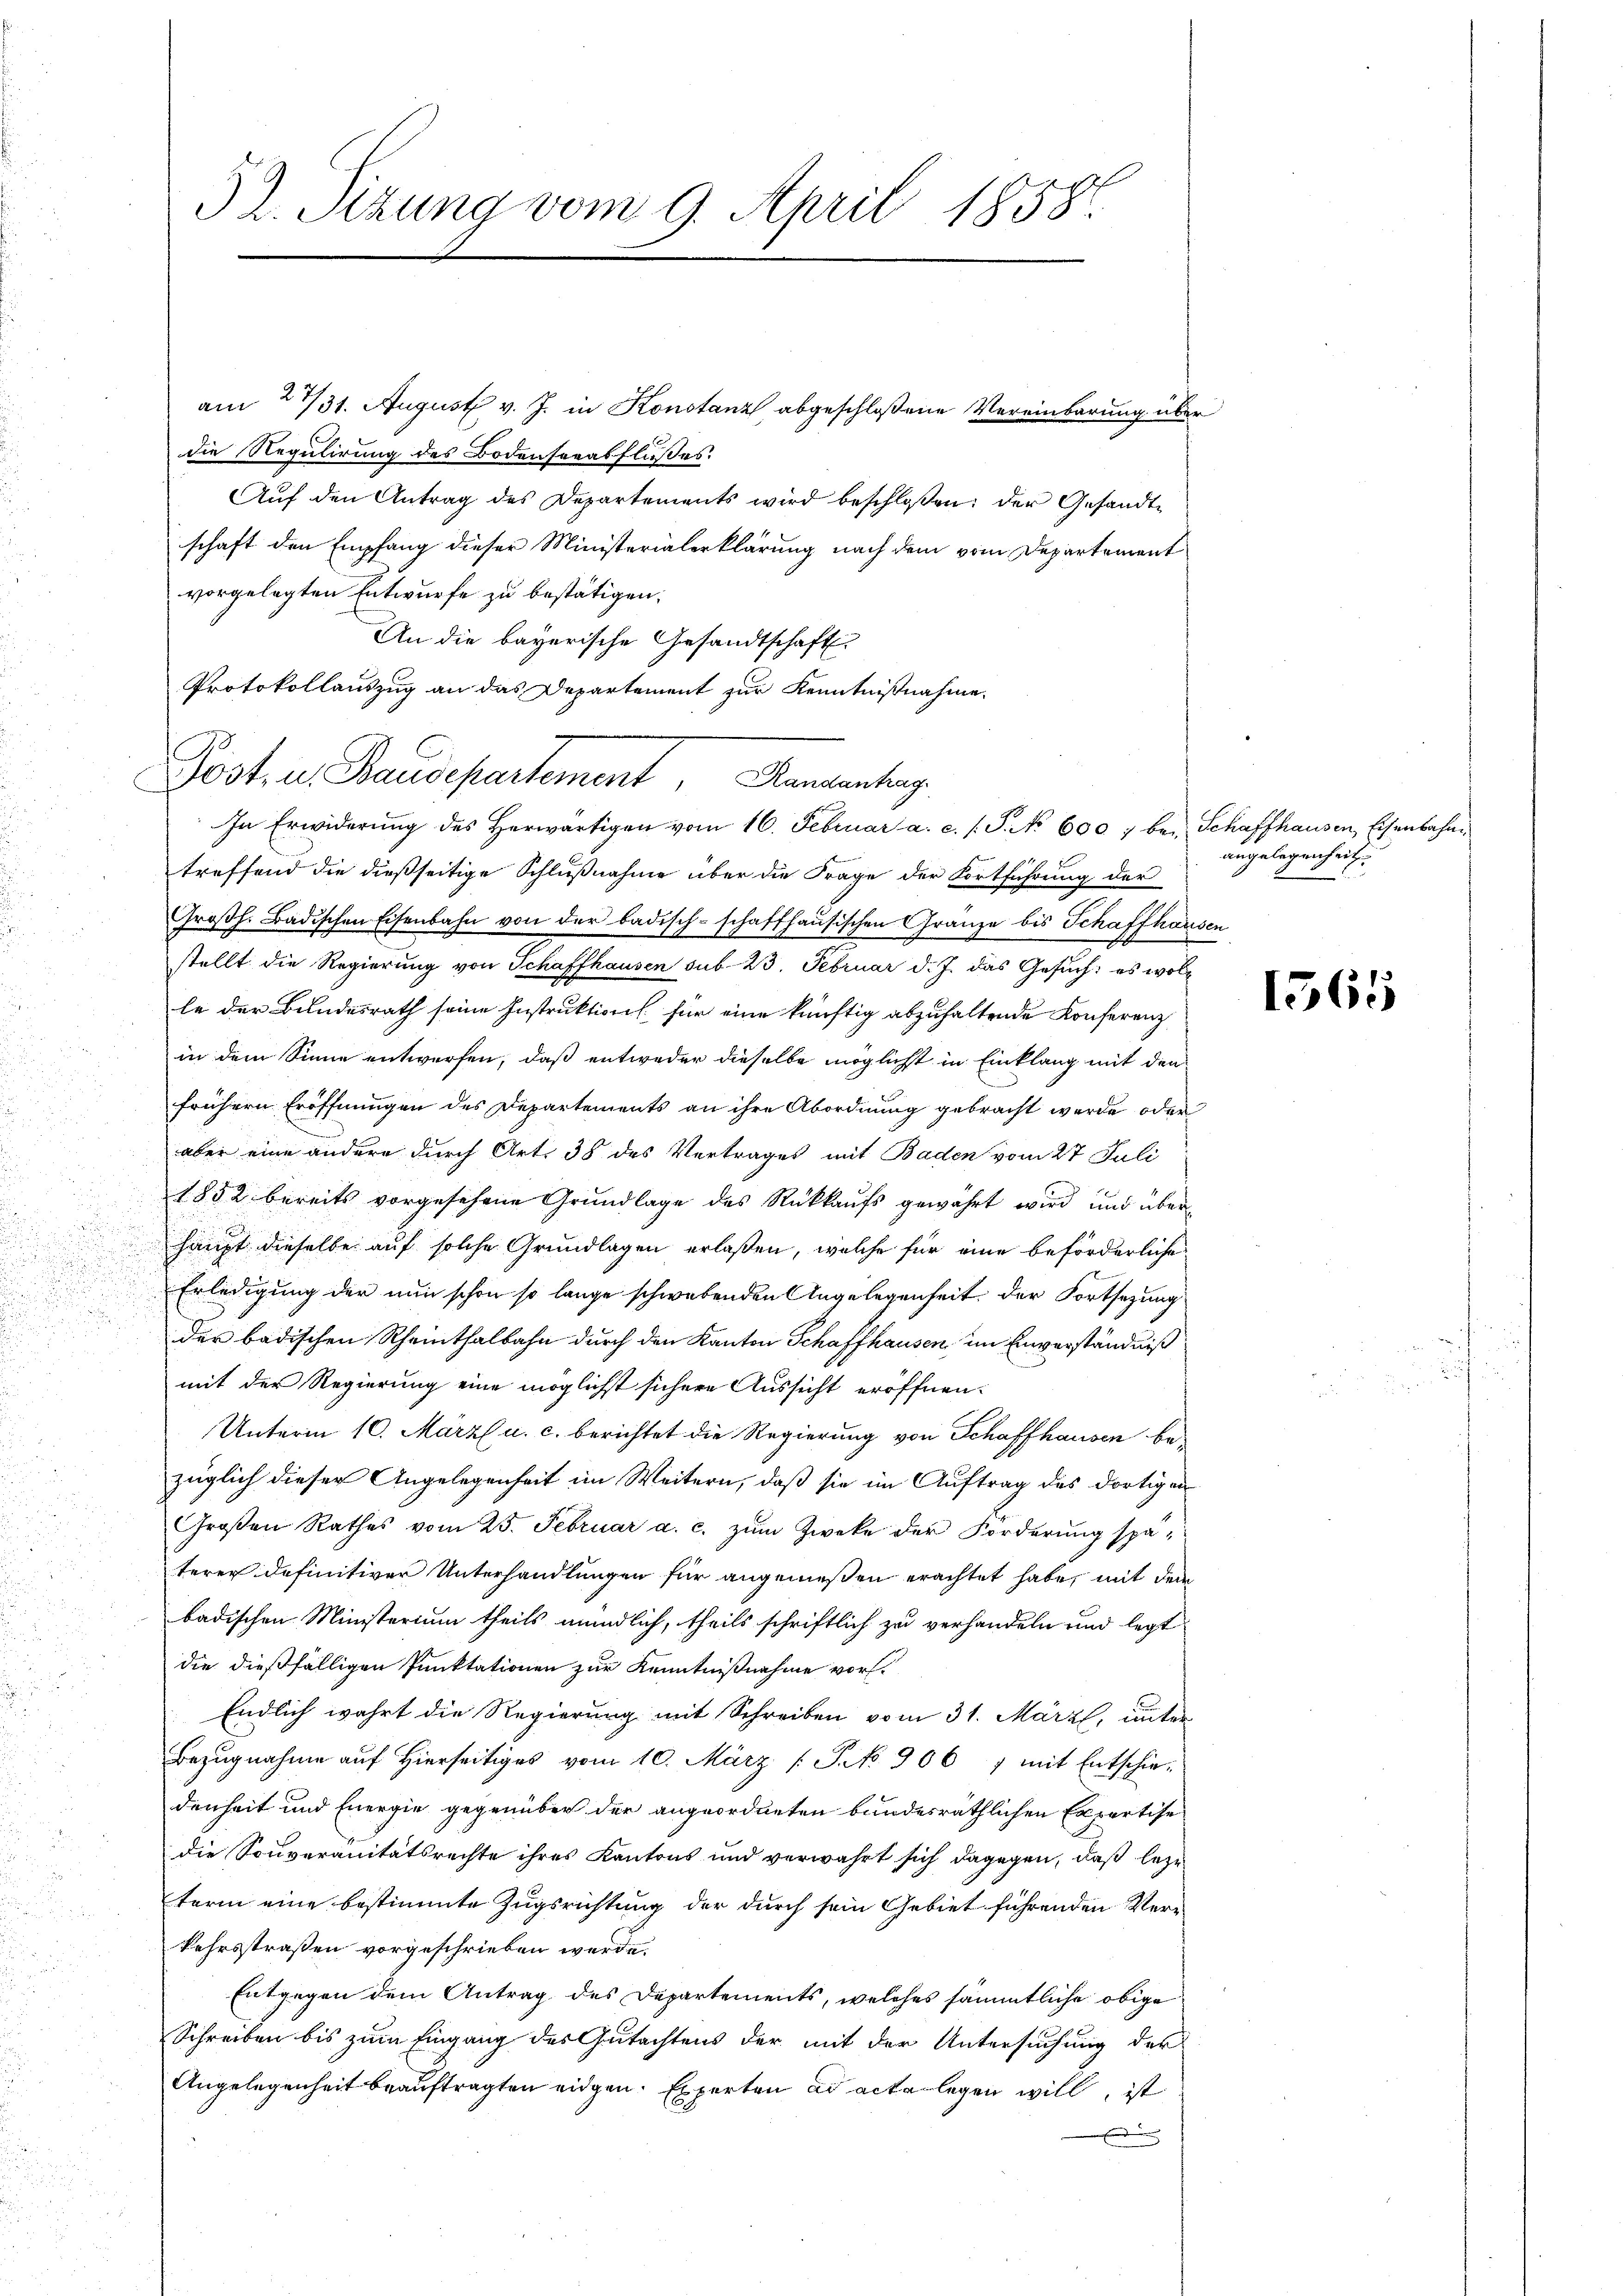
¬

52. Sitzung vom 9. April 1858.

am 2731. August v. J. in Konstanz abgeschlossene Vereinbarung über
die Regulirung des Bodenseeabflußes.
Aŭf den Antrag des Departements wird beschloßen: der Gesandtschaft den Empfang dieser Ministerialerklärung nach dem vom Departement
vorgelegten Entwurfe zu bestätigen.
An die bayerische Gesandtschaft
Protokollauszug an das Departement zur Kenntnißnahme.
treffend die dießseitige Schlußnahme über die Frage der Fortführung der
Großh. Badischen Eisenbahn von der badisch-schaffhausischen Granze bis Schaffhausen
stellt die Regierung von Schaffhausen sub. 23. Februar d. J. das Gesuch: es woll
le der Bundesrath seine Instruktion für eine künftig abzuhaltende Konferenz
in dem Sinne entwerfen, daß entweder dieselbe möglichst in Einklang mit den
frühern Eröffnungen des Departements an ihre Abordnung gebracht werde oder
aber eine andere durch Art. 38 des Vertrages mit Baden vom 27 Juli
1852 bereits vorgesehene Grundlage des Rückkaufs gewährt wird und über
haupt dieselbe auf solche Grundlagen erlaßen, welche für eine beförderliche
Erledigung der nun schon so lange schwebenden Angelegenheit, der Fortsetzung
der badischen Rheinthalbahn durch den Kanton Schaffhausen, im Einverständniß
mit der Regierung eine möglichst sichere Aussicht eröffnen.
Unterm 10. März l. u. c. berichtet die Regierung von Schaffhausen bezüglich dieser Angelegenheit im Weitern, daß sie im Auftrag des dortigen
Groβen Rathes vom 25. Februar a. c. zŭm Zweke der Förderung späterer definitiver Unterhandlungen für angenießen erachtet habe, mit dem
badischen Ministerium theils mündlich, theils schriftlich zu verhandeln und legt
die dießfälligen Punktationen zur Kenntnißnahme vor.
Endlich wahrt die Regierung mit Schreiben vom 31. März, unter
Bezugnahme auf Hierseitiges vom 10. März [No 906, mit Entschie-
denheit und Energie gegenüber der angeordneten bundesräthlichen Expertise
die Souveränitätsrechte ihres Kantons und verwahrt sich dagegen, daß beze
term eine bestimmte Zugsrichtung der durch sein Gebiet führenden Verkehrsstraßen vorgeschrieben werde.
Entgegen dem Antrag des Departements, welches sämmtliche obige
Schreiben bis zum Eingang des Gutachtens der mit der Untersuchung der
Angelegenheit beauftragten eidgen. Experten ad acte legen will, ist

Jost, u. Pausepartement. Kamentag.
In Erwiderŭng des herwärtigen vom 16. Februar a. c. s. S. No 600 : bei Schaffhausen Eisenbahn

angelegenheit.

1565